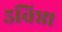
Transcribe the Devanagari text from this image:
५विष्ठा